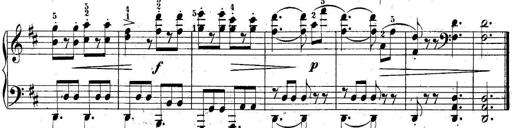
Title: 10 Sonatines progressives
Composer: Anton Schmoll